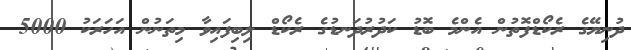
ދުނިޔޭގެ ރެކޯޑްފޮތުން އެންމެ ބޮޑު ކަދުރުދަނޑުގެ ރެކޯޑް ލިބިފައިވާ މިތަނުން އަހަރަކު 5000